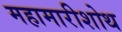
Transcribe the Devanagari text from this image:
महामारीशोथ